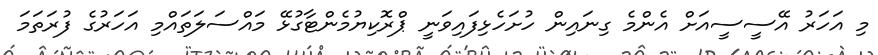
މި އަހަރު އޭސީސީއަށް އެންމެ ގިނައިން ހުށަހެޅިފައިވަނީ ޕްރޮކިޔުމެންޓާގުޅޭ މައްސަލަތައްމި އަހަރުގެ ފުރަތަމަ